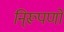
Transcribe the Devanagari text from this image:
नि्रूपणों